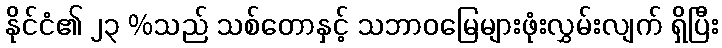
နိုင်ငံ၏ ၂၃ %သည် သစ်တောနှင့် သဘာဝမြေများဖုံးလွှမ်းလျက် ရှိပြီး